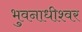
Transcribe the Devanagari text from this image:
भुवनाधीश्वर